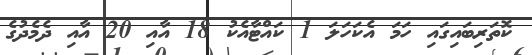
ކޮތަރިބައިގައި ހަމަ އެކަހަލަ 1 ކައްޓާއެކު 18 އާއި 20 އާއި ދެމެދުގެ